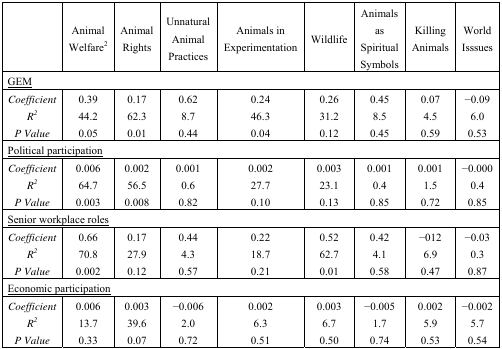
|  | Animal Welfare2 | Animal Rights | Unnatural Animal Practices | Animals in Experimentation | Wildlife | Animals as Spiritual Symbols | Killing Animals | World Isssues |
 | --- | --- | --- | --- | --- | --- | --- | --- | --- |
 | <COLSPAN=9> <underline>GEM</underline> |
 | Coefficient | 0.39 | 0.17 | 0.62 | 0.24 | 0.26 | 0.45 | 0.07 | −0.09 |
 | R2 | 44.2 | 62.3 | 8.7 | 46.3 | 31.2 | 8.5 | 4.5 | 6.0 |
 | P Value | 0.05 | 0.01 | 0.44 | 0.04 | 0.12 | 0.45 | 0.59 | 0.53 |
 | <COLSPAN=9> <underline>Political participation</underline> |
 | Coefficient | 0.006 | 0.002 | 0.001 | 0.002 | 0.003 | 0.001 | 0.001 | −0.000 |
 | R2 | 64.7 | 56.5 | 0.6 | 27.7 | 23.1 | 0.4 | 1.5 | 0.4 |
 | P Value | 0.003 | 0.008 | 0.82 | 0.10 | 0.13 | 0.85 | 0.72 | 0.85 |
 | <COLSPAN=9> <underline>Senior workplace roles</underline> |
 | Coefficient | 0.66 | 0.17 | 0.44 | 0.22 | 0.52 | 0.42 | −012 | −0.03 |
 | R2 | 70.8 | 27.9 | 4.3 | 18.7 | 62.7 | 4.1 | 6.9 | 0.3 |
 | P Value | 0.002 | 0.12 | 0.57 | 0.21 | 0.01 | 0.58 | 0.47 | 0.87 |
 | <COLSPAN=9> <underline>Economic participation</underline> |
 | Coefficient | 0.006 | 0.003 | −0.006 | 0.002 | 0.003 | −0.005 | 0.002 | −0.002 |
 | R2 | 13.7 | 39.6 | 2.0 | 6.3 | 6.7 | 1.7 | 5.9 | 5.7 |
 | P Value | 0.33 | 0.07 | 0.72 | 0.51 | 0.50 | 0.74 | 0.53 | 0.54 |